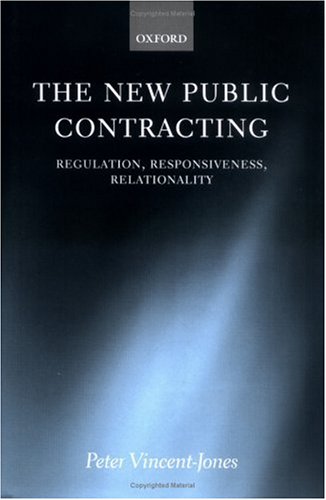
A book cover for The New Public Contracting: Regulation, Responsiveness, Relationality; Peter Vincent-Jones; Law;